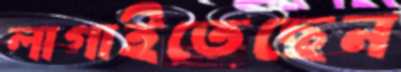
লাগাইতেছেন